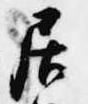
居